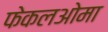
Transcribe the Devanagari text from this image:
फेकलओमा